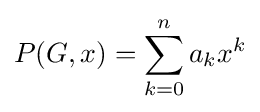
P(G,x)=\sum _{k=0}^{n}a_{k}x^{k}